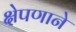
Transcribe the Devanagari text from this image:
क्षेपणाने